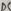
Text: D5